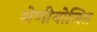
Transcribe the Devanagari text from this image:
श्रेणीयोजित